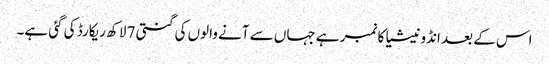
اس کے بعد انڈونیشیا کا نمبر ہے جہاں سے آنے والوں کی گنتی 7 لاکھ ریکارڈ کی گئی ہے۔